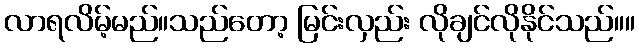
လာရလိမ့်မည်။သည်တော့ မြင်းလှည်း လိုချင်လိုနိုင်သည်။။